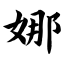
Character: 娜